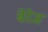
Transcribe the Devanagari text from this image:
बेरेज